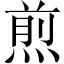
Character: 煎